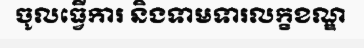
ចូលធ្វើការ និងទាមទារលក្ខខណ្ឌ